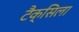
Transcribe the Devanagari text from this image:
टैक्सिला